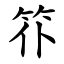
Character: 䇚